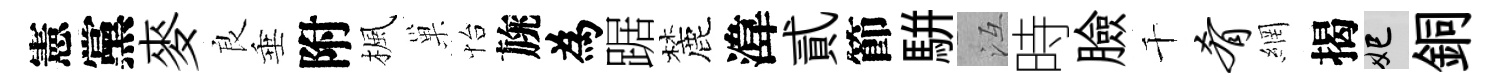
憲黨麥良垂附楓巢怡旐為踞麓湋貳節駢冱時臉千肴網揭妃銅